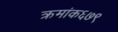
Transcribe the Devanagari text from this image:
क्रमांक६७९